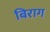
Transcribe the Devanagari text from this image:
बिराग